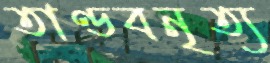
তাণ্ডবনৃত্য